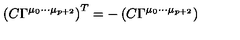
\left( C \Gamma ^ { \mu _ { 0 } \cdots \mu _ { p + 2 } } \right) ^ { T } = - \left( C \Gamma ^ { \mu _ { 0 } \cdots \mu _ { p + 2 } } \right)